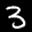
Label: 3